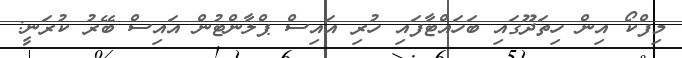
މިފްކޯ އިން ހިތަދޫގައި ބަހައްޓާފައި ހުރި އައިސް ޕްލާންޓުން އައިސް ބޭރު ކުރަނީ: